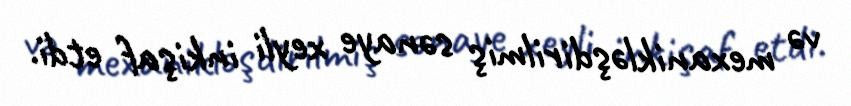
və mexanikləşdirilmiş sənaye xeyli inkişaf etdi.